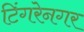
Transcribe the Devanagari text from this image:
टिंगरेनगर